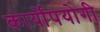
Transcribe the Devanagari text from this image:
कार्योपयोगी